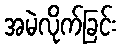
အမဲလိုက်ခြင်း